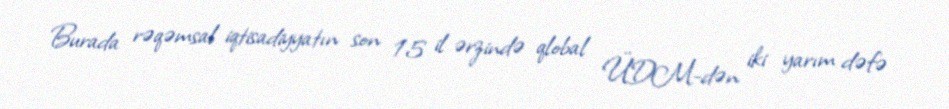
Burada rəqəmsal iqtisadiyyatın son 15 il ərzində qlobal ÜDM-dən iki yarım dəfə